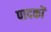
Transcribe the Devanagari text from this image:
पादकों